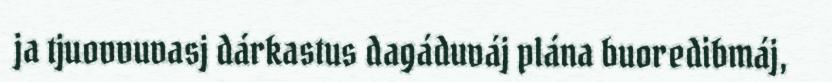
ja tjuovvuvasj dárkastus dagáduváj plána buoredibmáj,